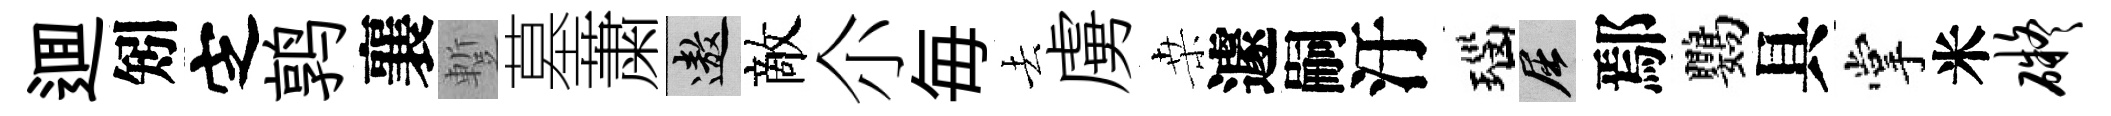
逥矧㝎鹑襄蹔墓䔥遨敵尒毎去虜桒遽嗣汙瑙屈鄢鸚具掌米碍